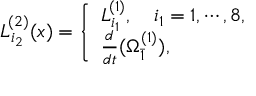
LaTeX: L _ { i _ { 2 } } ^ { ( 2 ) } ( x ) = \left\{ \begin{array} { l l } { { L _ { i _ { 1 } } ^ { ( 1 ) } , \ \ \ i _ { 1 } = 1 , \cdots , 8 , } } \\ { { \frac { d } { d t } ( \Omega _ { \bar { 1 } } ^ { ( 1 ) } ) , } } \end{array} \right.